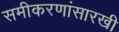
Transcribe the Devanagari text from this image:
समीकरणांसारखी